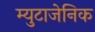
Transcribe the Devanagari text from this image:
म्युटाजेनिक